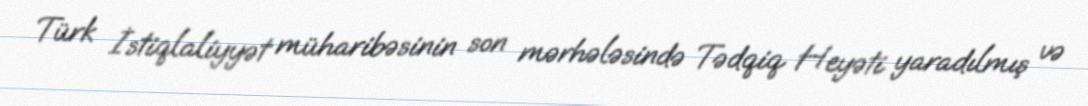
Türk İstiqlaliyyət müharibəsinin son mərhələsində Tədqiq Heyəti yaradılmış və